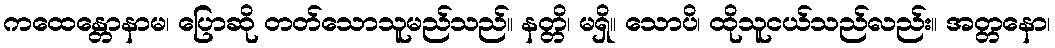
ကထေန္တောနာမ၊ ပြောဆို တတ်သောသူမည်သည်။ နတ္တိ၊ မရှိ။ သောပိ၊ ထိုသူငယ်သည်လည်း။ အတ္တနော၊